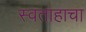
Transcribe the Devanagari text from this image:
स्वताहाचा